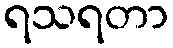
ရသရတာ